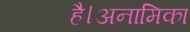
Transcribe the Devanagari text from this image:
है।अनामिका